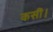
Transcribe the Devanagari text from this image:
कसीं।